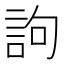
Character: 訽